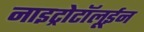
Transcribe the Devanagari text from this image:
नाइट्रोटॉलूईन